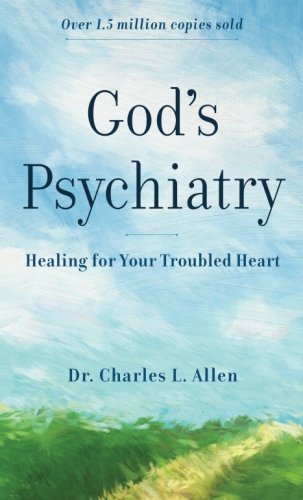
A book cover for God's Psychiatry: Healing for Your Troubled Heart; Charles L. Allen; Religion & Spirituality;